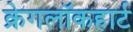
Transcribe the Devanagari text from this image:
क्रेगलॉकहार्ट